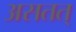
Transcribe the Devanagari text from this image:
असतत्